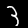
Label: 3